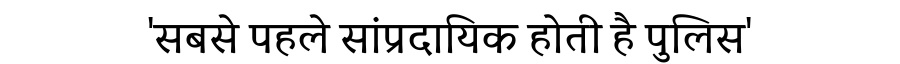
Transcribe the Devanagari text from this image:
'सबसे पहले सांप्रदायिक होती है पुलिस'